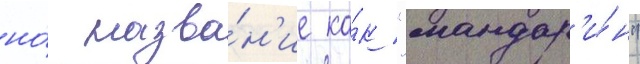
но́ назва́н'ие ка́к "мандар'и́н"